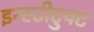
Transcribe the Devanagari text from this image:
इन्स्टीटुयट